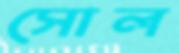
সোল